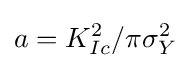
a=K_{Ic}^{2}/\pi \sigma _{Y}^{2}